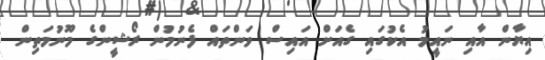
އިޔާން އާއި ނައީމު އެކުގައި ގެއަށް އައިސް ވަންތައް ފެނުމުން ރޯޝީންގެ މޫނުމަތިން